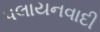
પલાયનવાદી